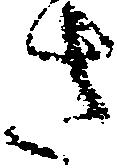
さ